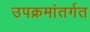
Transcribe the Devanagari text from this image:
उपक्रमांतर्गत